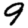
Digit: 9